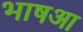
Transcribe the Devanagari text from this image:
भाषआ